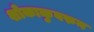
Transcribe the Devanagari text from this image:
शोकाकुवरुन